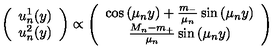
\left( \begin{array} { c } { u _ { n } ^ { 1 } ( y ) } \\ { u _ { n } ^ { 2 } ( y ) } \\ \end{array} \right) \propto \left( \begin{array} { c } { \cos \left( \mu _ { n } y \right) + \frac { m _ { - } } { \mu _ { n } } \sin \left( \mu _ { n } y \right) } \\ { \frac { M _ { n } - m _ { + } } { \mu _ { n } } \sin \left( \mu _ { n } y \right) } \\ \end{array} \right)